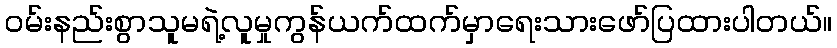
ဝမ်းနည်းစွာသူမရဲ့လူမှုကွန်ယက်ထက်မှာရေးသားဖော်ပြထားပါတယ်။